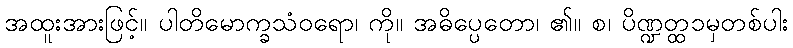
အထူးအားဖြင့်။ ပါတိမောက္ခသံဝရော၊ ကို။ အဓိပ္ပေတော၊ ၏။ စ၊ ပိဏ္ဍတ္ထ၁မှတစ်ပါး